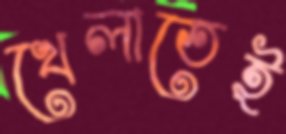
খেলাতেই